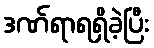
ဒဏ်ရာရရှိခဲ့ပြီး